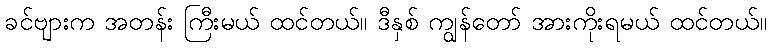
ခင်ဗျားက အတန်း ကြီးမယ် ထင်တယ်။ ဒီနှစ် ကျွန်တော် အားကိုးရမယ် ထင်တယ်။